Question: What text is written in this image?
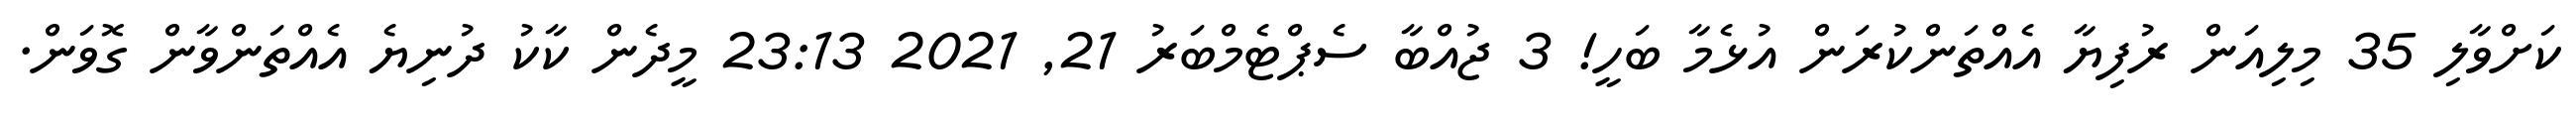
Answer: ކަށްވާލި 35 މިލިއަން ރުފިޔާ އެއްތަންކުރަން އުޅެމާ ބަހީ! 3 ޖުއްބާ ސެޕްޓެމްބަރު 21, 2021 23:13 މީދެން ކާކު ދުނިޔެ އެއްތަންވާން ގޮވަން.